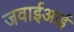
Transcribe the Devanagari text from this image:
जवाईआई